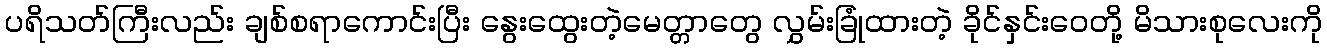
ပရိသတ်ကြီးလည်း ချစ်စရာကောင်းပြီး နွေးထွေးတဲ့မေတ္တာတွေ လွှမ်းခြုံထားတဲ့ ခိုင်နှင်းဝေတို့ မိသားစုလေးကို